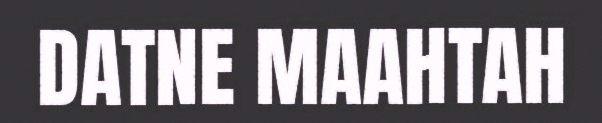
DATNE MAAHTAH